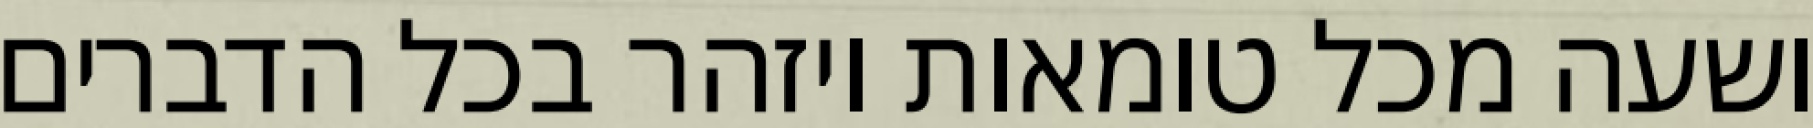
ושעה מכל טומאות ויזהר בכל הדברים